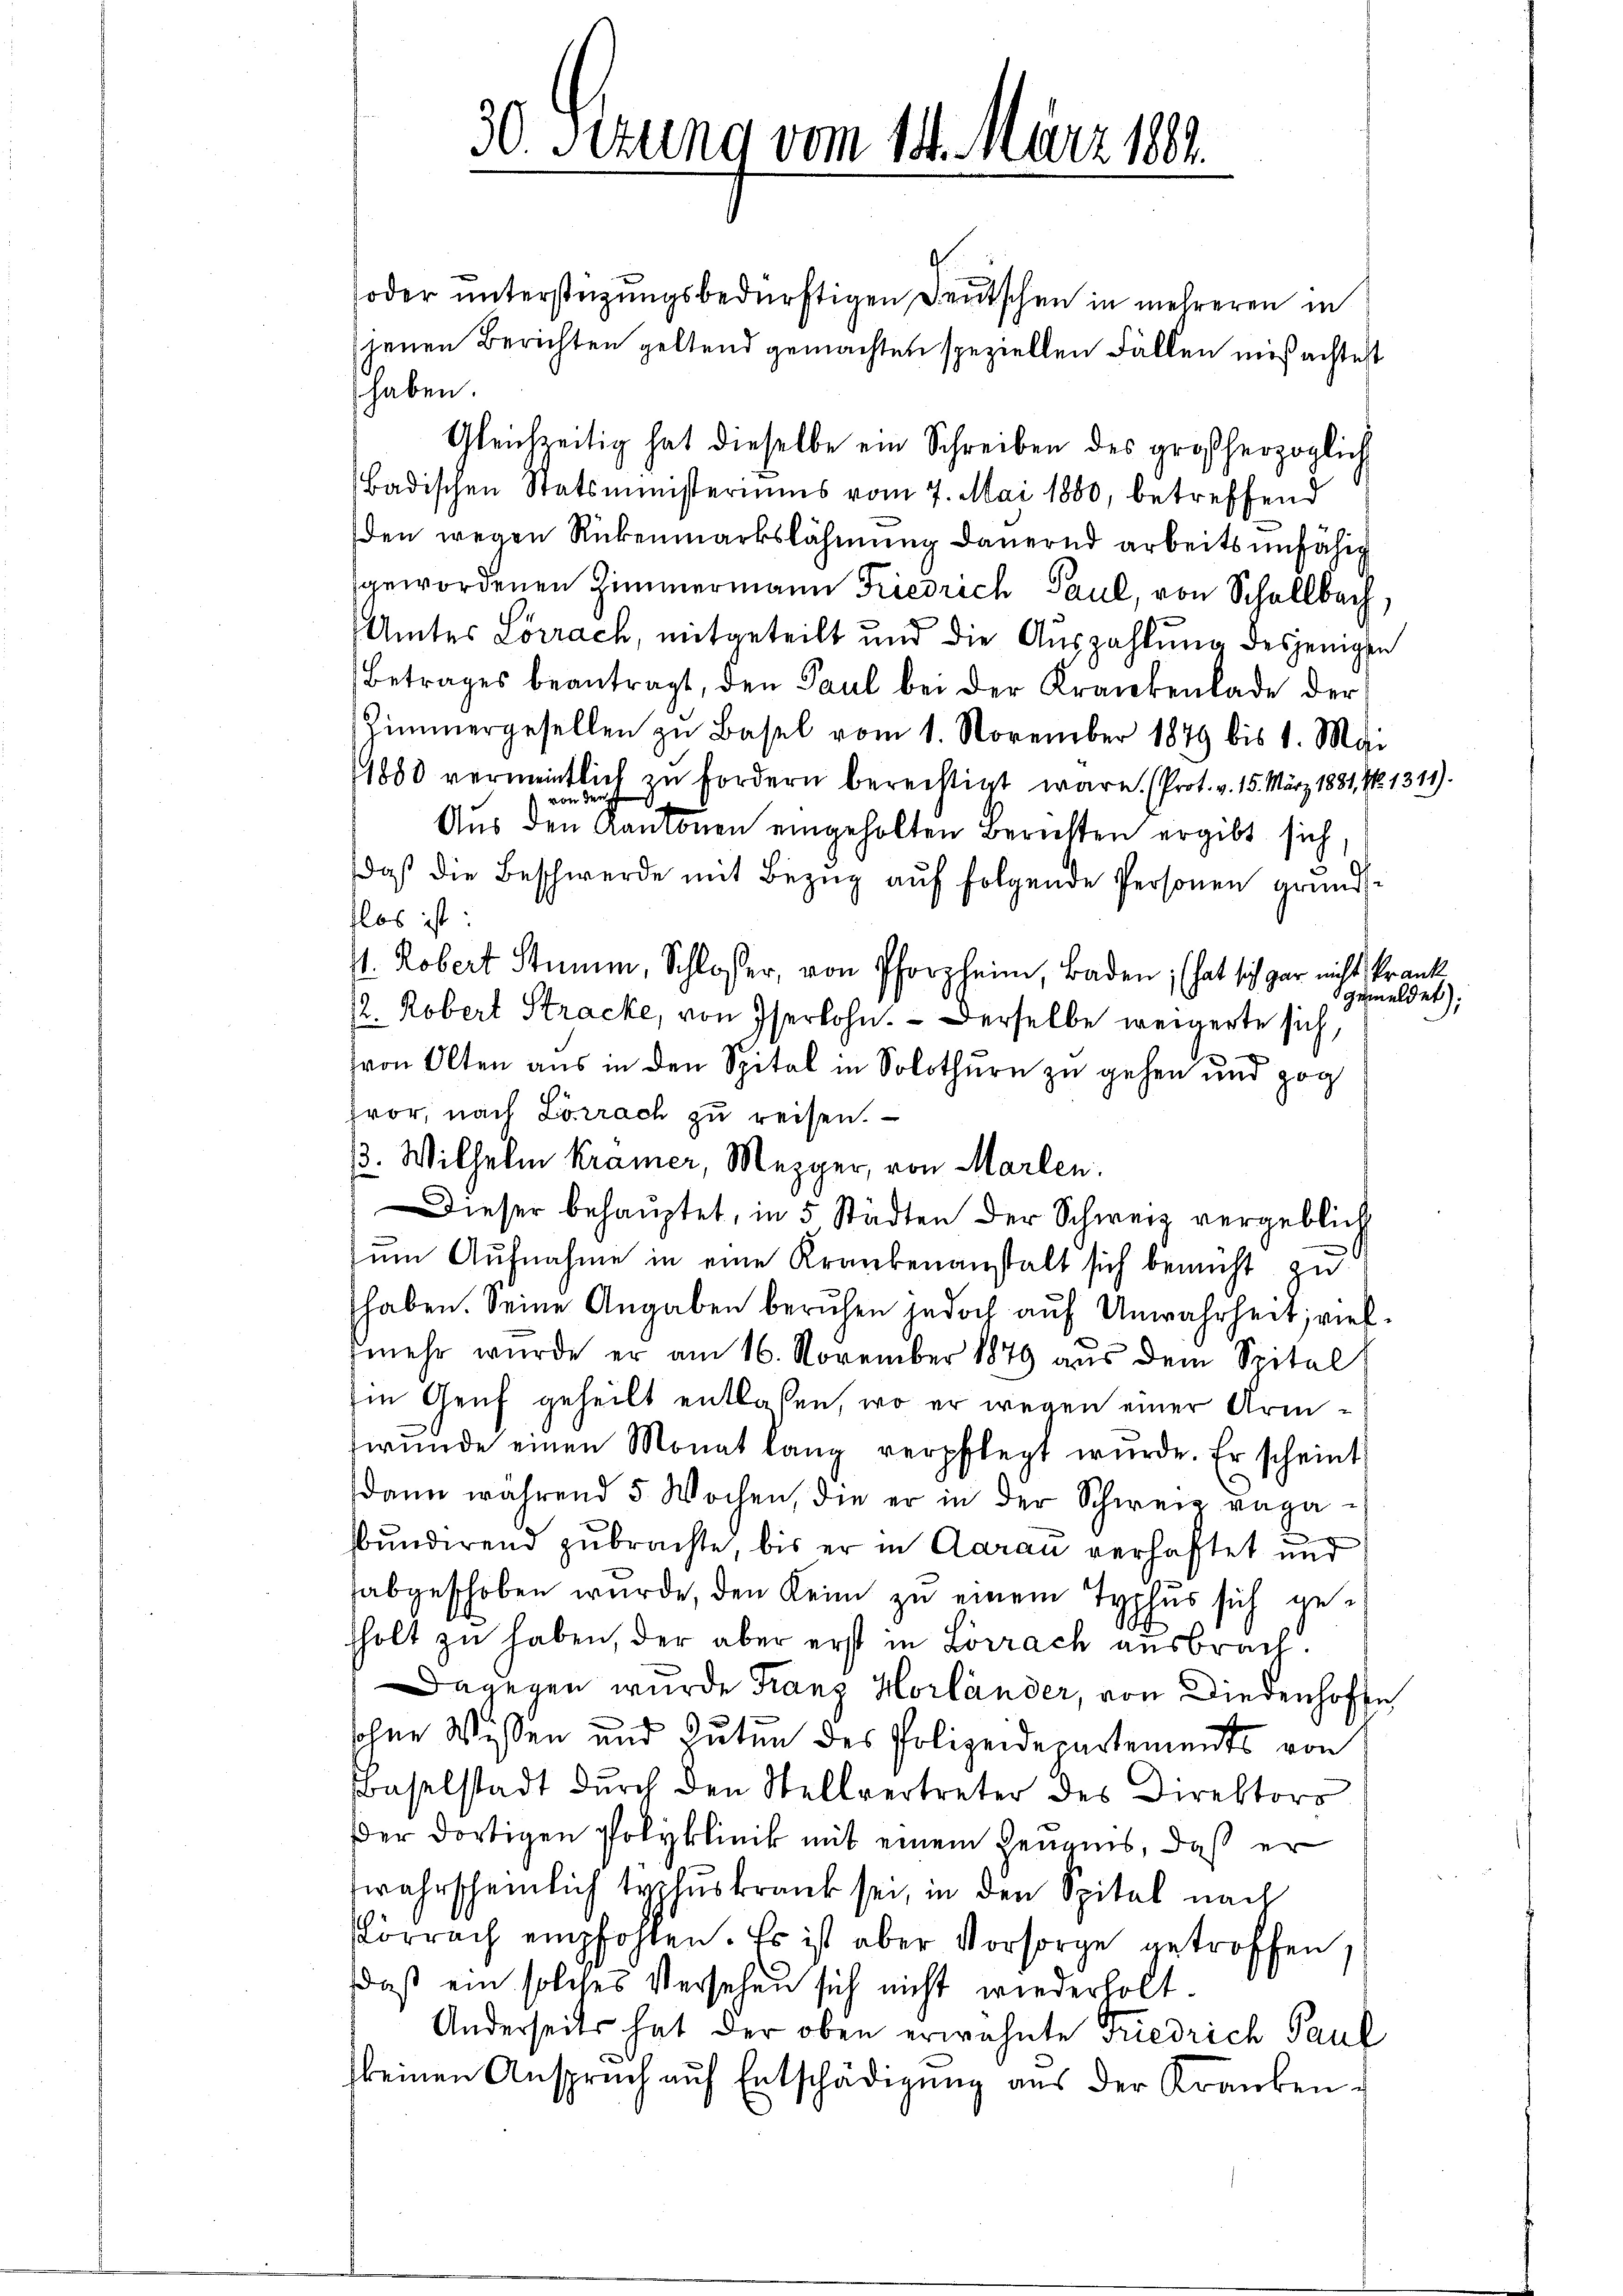
oder unterstüzungsbedürftigen Deutschen in mehreren in
jenen Berichten geltend gemachten speziellen Fällen mißachtest
haben
Gleichzeitig hat dieselbe ein Schreiben des großherzoglich
Badischen Statsministeriums vom 7. Mai 1880, betreffend
den wegen Rückenmarkslähmung dauernd arbeitsunfähig
gewordenen Zimmermann Friedrich Paul, von Schellbach,
Amtes Lörrach, mitgeteilt und die Auszahlung desjenigen
Betrages beantragt, den Paul bei der Krankenlade der
Zimmergesellen zu Basel vom 1. November 1879 bis 1. Mai
1880 vermeintlich zu fordern berechtigt wäre. (Prot. v. 15. März 1881, No. 1311).
Aŭs den Kantonen eingeholten Berichten ergibt sich,
daß die Beschwerde mit Bezug auf folgende Personen grundsflos ist:
V. Robert Stumm, Schlosser, von Pforzheim, Baden; hat sich gar nicht krank
gemeldet).
2. Robert Stracke, von Iserlohn.  Derselbe weigerte sich,
von Olten aus in den Spital in Solothurn zu gehen und zog
fror, nach Lörrach zu reisen.
13. Wilhelm Krämer, Mezger, von Marlen.
Dieser behauptet, in 5 Städten der Schweiz vergeblich
zum Aufnahme in eine Krankenanstalt sich bemüht zu
haben. Seine Angaben beruhen jedoch auf Unwahrheit; vielmehr wurde er am 16. November 1879 aus dem Spital
Im Genf geheilt entlassen, wo er wegen einer Armwunde einen Monat lang verpflegt wurde. Er scheint
dann während 5 Wochen, die er in der Schweiz vagasbundirend zubrachte, bis er in Aarau verhaftet und
abgeschoben wurde, den Kein zu einem Typhus sich geholt zu haben, der aber erst in Lörrach ausbrach.
Dagegen wurde Franz Horländer, von Diedenhofen
sohne Wissen und Guten des Polizeidepartements von
Baselstadt durch den Stellvertreter des Direktors
Der dortigen Polyklinik mit einem Zeugnis, daß er
wahrscheinlich typhuskrank sei, in den Spital nach
Körrach empfohlen. Es ist aber Vorsorge getroffen,
daß ein solches Versehen sich nicht wiederholt.
Anderseits hat der oben erwähnte Friedrich Paul
keinen Anspruch auf Entschädigung aus der Kranken¬

¬
30. Sezung vom 14. März 1804.